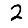
Digit: 2